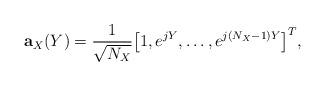
LaTeX: \begin{align*} {\bf a}_{X}(Y) = \frac{1}{\sqrt{N_{X}}}{\left[1, e^{jY},\ldots,e^{j(N_{X}-1)Y}\right]^T},\end{align*}